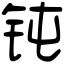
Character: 钝